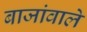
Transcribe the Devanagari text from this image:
बाजांवाले